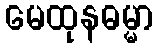
မေထုနဓမ္မာ